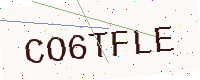
Text: CO6TFLE